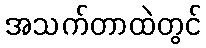
အသက်တာထဲတွင်